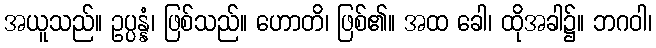
အယူသည်။ ဥပ္ပန္နံ၊ ဖြစ်သည်။ ဟောတိ၊ ဖြစ်၏။ အထ ခေါ၊ ထိုအခါ၌။ ဘဂဝါ၊